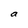
Character: a